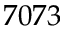
7 0 7 3